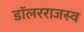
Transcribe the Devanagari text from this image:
डॉलरराजस्व